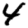
Digit: 4